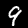
Label: 9